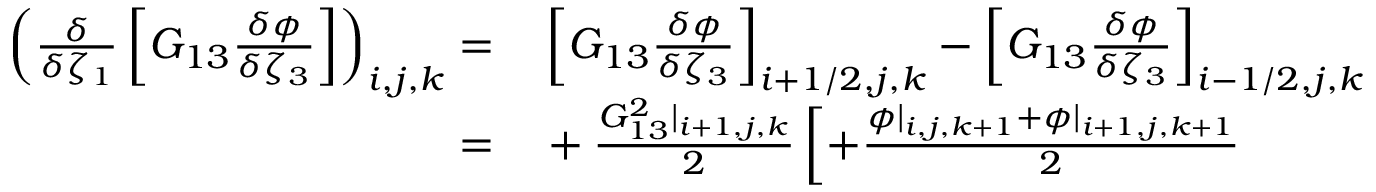
\begin{array} { r l } { \left( \frac { \delta } { \delta \zeta _ { 1 } } \left[ G _ { 1 3 } \frac { \delta \phi } { \delta \zeta _ { 3 } } \right] \right) _ { i , j , k } = } & { { } \left[ G _ { 1 3 } \frac { \delta \phi } { \delta \zeta _ { 3 } } \right] _ { i + 1 / 2 , j , k } - \left[ G _ { 1 3 } \frac { \delta \phi } { \delta \zeta _ { 3 } } \right] _ { i - 1 / 2 , j , k } } \\ { = } & { { } + \frac { G _ { 1 3 } ^ { 2 } | _ { i + 1 , j , k } } { 2 } \left[ + \frac { \phi | _ { i , j , k + 1 } + \phi | _ { i + 1 , j , k + 1 } } { 2 } \right. } \end{array}